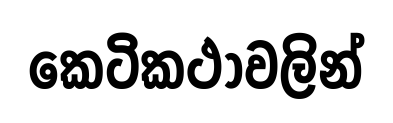
කෙටිකථාවලින්